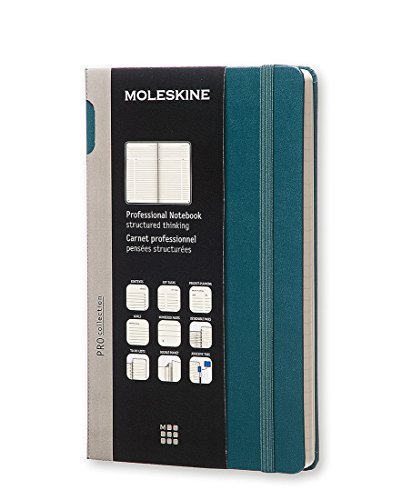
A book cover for Moleskine Pro Collection Professional Notebook, Large, Tide Green, Hard Cover (5 x 8.25); Moleskine; Calendars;